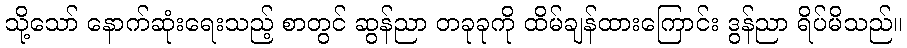
သို့သော် နောက်ဆုံးရေးသည့် စာတွင် ဆွန်ညာ တခုခုကို ထိမ်ချန်ထားကြောင်း ဒွန်ညာ ရိပ်မိသည်။